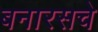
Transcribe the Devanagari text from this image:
बनारसचे